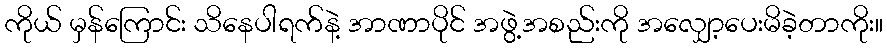
ကိုယ် မှန်ကြောင်း သိနေပါရက်နဲ့ အာဏာပိုင် အဖွဲ့အစည်းကို အလျှော့ပေးမိခဲ့တာကိုး။